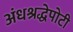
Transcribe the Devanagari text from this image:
अंधश्रद्धेपोटी